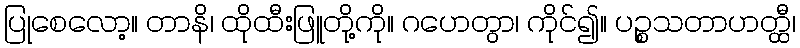
ပြုစေလော့။ တာနိ၊ ထိုထီးဖြူတို့ကို။ ဂဟေတွာ၊ ကိုင်၍။ ပဉ္စသတာဟတ္ထီ၊